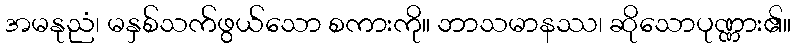
အမနုညံ၊ မနှစ်သက်ဖွယ်သော စကားကို။ ဘာသမာနဿ၊ ဆိုသောပုဏ္ဏား၏။